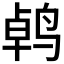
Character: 𫛱